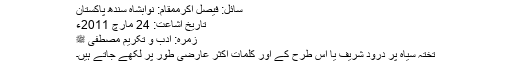
سائل: فیصل اکرممقام: نوابشاہ سندھ پاکستان
تاریخ اشاعت: 24 مارچ 2011ء
زمرہ: ادب و تکریم مصطفٰی ﷺ
تختہ سیاہ پر درود شریف یا اس طرح کے اور کلمات اکثر عارضی طور پر لکھے جاتے ہیں۔